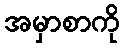
အမှာစာကို